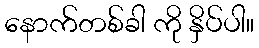
နောက်တစ်ခါ ကို နှိပ်ပါ။